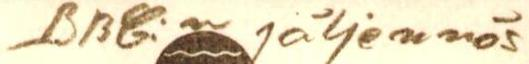
BBC:n jäljennös